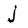
Character: j